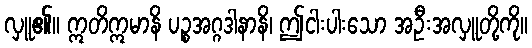
လှူ၏။ ဣတိဣမာနိ ပဉ္စအဂ္ဂဒါနာနိ၊ ဤငါးပါးသော အဦးအလှူတို့ကို။